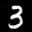
Label: 3